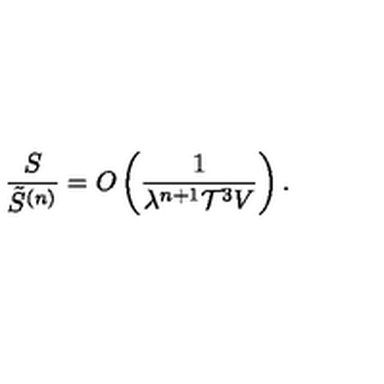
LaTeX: \frac { S } { \tilde { S } ^ { ( n ) } } = O \left( \frac { 1 } { \lambda ^ { n + 1 } { \cal T } ^ { 3 } V } \right) .